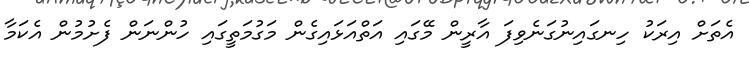
އެތަށް އިރަކު ހިނގައިނުގަނެވިފަ އާރީން މޭގައި އަތްއަޅައިގެން މަގުމަތީގައި ހުންނަން ފެށުމުން އެކަމާ